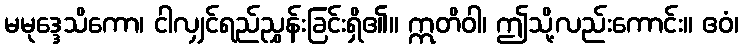
မမုဒ္ဒေသိကော၊ ငါလျှင်ရည်ညွှန်းခြင်းရှိ၏။ ဣတိဝါ၊ ဤသို့လည်းကောင်း။ ဧဝံ၊